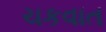
ચકવાત